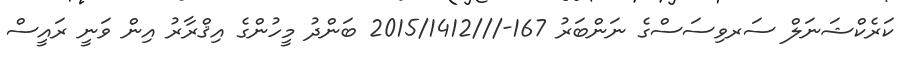
ކަރެކްޝަނަލް ސަރވިސަސްގެ ނަންބަރު 167-///2015/1412 ބަންދު މީހުންގެ އިޤްރާރު އިން ވަނީ ރައީސް